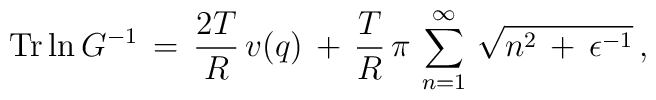
\mbox{Tr}\ln G^{-1}\,=\,\frac{2T}{R}\,v(q)\,+\,\frac{T}{R}\,\pi\,\sum_{n=1}^{\infty}\,\sqrt{n^2\,+\,\epsilon^{-1}}\,{,}